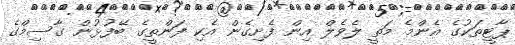
ޕާޓީތަކުގެ އެންމެ މަތީ ލެވެލް އިން ފެށިގެން އެކި ފަންތީގެ ބޭފުޅުން ގާސިމްގެ